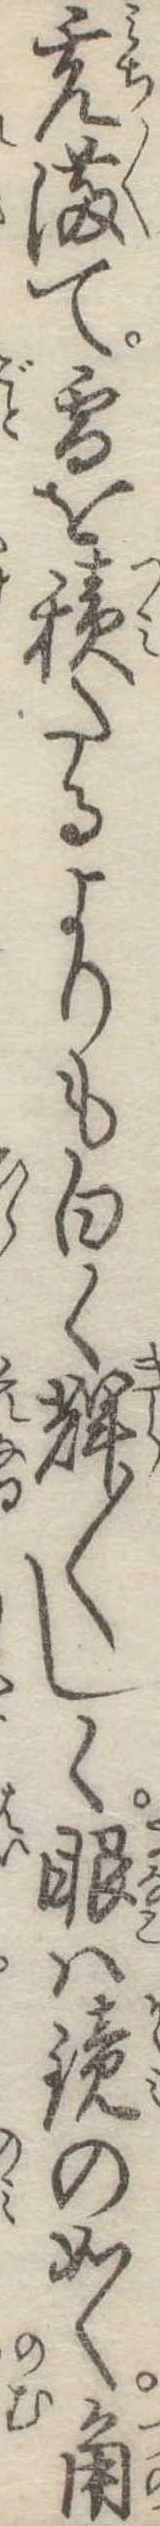
充満て雪を積たるよりも白く輝〱しく眼は鏡の如く角